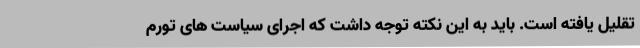
تقلیل یافته است. باید به این نکته توجه داشت که اجرای سیاست های تورم